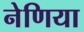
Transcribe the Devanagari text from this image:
नेणिया